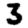
Digit: 3